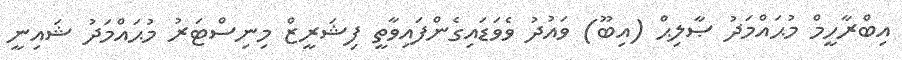
އިބްރާހީމް މުޙައްމަދު ޞާލިޙް (އިބޫ) ވައުދު ވެވަޑައިގެންފައިވާތީ ފިޝަރީޒް މިނިސްޓަރު މުޙައްމަދު ޝައިނީ